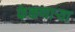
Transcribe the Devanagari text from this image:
फेकणार्‍या